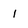
Character: 1